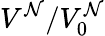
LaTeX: V^{\mathcal{N}}/V_{0}^{\mathcal{N}}